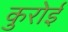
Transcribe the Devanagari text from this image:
कुरोई